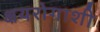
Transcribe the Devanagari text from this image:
क्षयरोगाशी